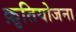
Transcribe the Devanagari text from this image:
क़ृतियोजना